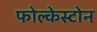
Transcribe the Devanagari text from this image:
फोल्केस्टोन